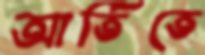
আর্তিতে